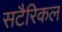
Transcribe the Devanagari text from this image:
सटैरिकल